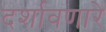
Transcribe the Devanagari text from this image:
दर्शावणारे